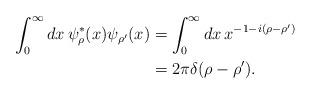
LaTeX: \begin{align*}\int_{0}^{\infty} dx\,\psi_{\rho}^{*}(x) \psi_{\rho'}(x) & = \int_{0}^{\infty} dx\, x^{-1-i(\rho-\rho')}\\& = 2\pi \delta(\rho-\rho').\end{align*}